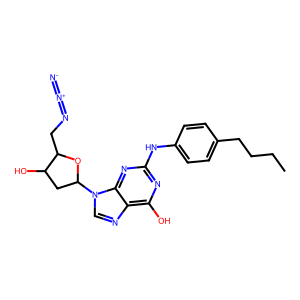
SMILES: CCCCc1ccc(Nc2nc(O)c3ncn(C4CC(O)C(CN=[N+]=[N-])O4)c3n2)cc1
Inhibits HIV replication: No